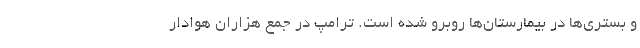
و بستری‌ها در بیمارستان‌ها روبرو شده است. ترامپ در جمع هزاران هوادار